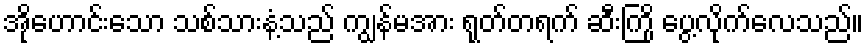
အိုဟောင်းသော သစ်သားနံ့သည် ကျွန်မအား ရုတ်တရက် ဆီးကြို ပွေ့လိုက်လေသည်။